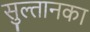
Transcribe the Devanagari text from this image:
सुल्तानका